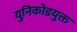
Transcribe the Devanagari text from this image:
युनिकोडयुक्त